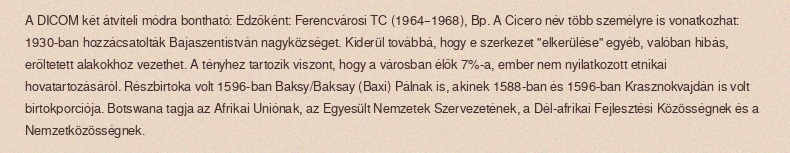
A DICOM két átviteli módra bontható: Edzőként: Ferencvárosi TC (1964–1968), Bp. A Cicero név több személyre is vonatkozhat: 1930-ban hozzácsatolták Bajaszentistván nagyközséget. Kiderül továbbá, hogy e szerkezet "elkerülése" egyéb, valóban hibás, erőltetett alakokhoz vezethet. A tényhez tartozik viszont, hogy a városban élők 7%-a, ember nem nyilatkozott etnikai hovatartozásáról. Részbirtoka volt 1596-ban Baksy/Baksay (Baxi) Pálnak is, akinek 1588-ban és 1596-ban Krasznokvajdán is volt birtokporciója. Botswana tagja az Afrikai Uniónak, az Egyesült Nemzetek Szervezetének, a Dél-afrikai Fejlesztési Közösségnek és a Nemzetközösségnek.